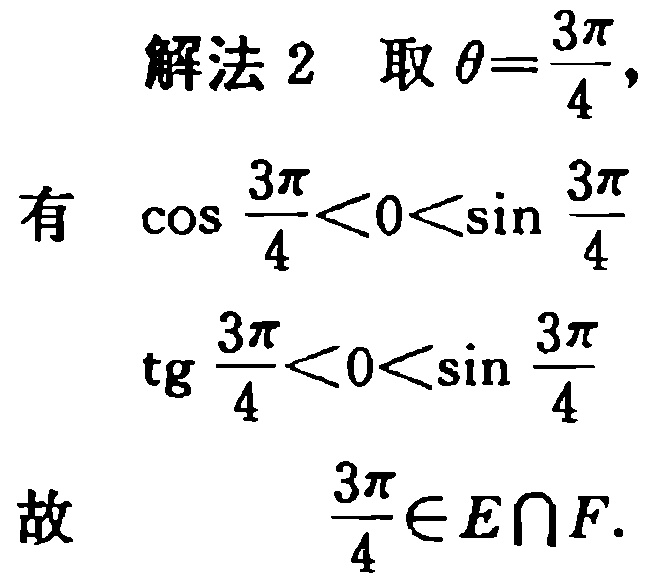
解法 2 取 $\theta=\frac{3\pi}{4}$,
有 $\cos \frac{3\pi}{4}<0<\sin \frac{3\pi}{4}$
$\operatorname{tg} \frac{3\pi}{4}<0<\sin \frac{3\pi}{4}$
故 $\frac{3\pi}{4}\in E\cap F$.